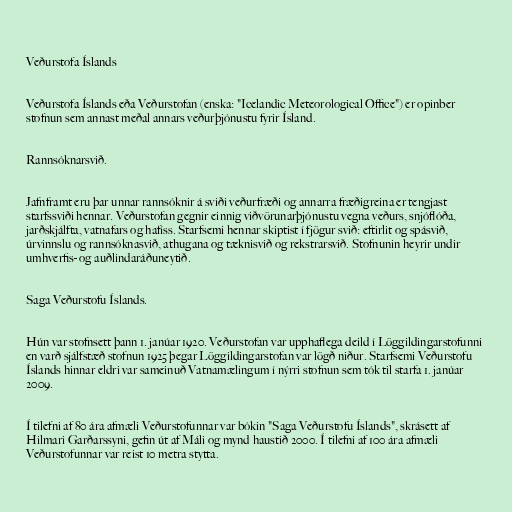
Veðurstofa Íslands

Veðurstofa Íslands eða Veðurstofan (enska: "Icelandic Meteorological Office") er opinber
stofnun sem annast meðal annars veðurþjónustu fyrir Ísland.

Rannsóknarsvið.

Jafnframt eru þar unnar rannsóknir á sviði veðurfræði og annarra fræðigreina er tengjast
starfssviði hennar. Veðurstofan gegnir einnig viðvörunarþjónustu vegna veðurs, snjóflóða,
jarðskjálfta, vatnafars og hafíss. Starfsemi hennar skiptist í fjögur svið: eftirlit og spásvið,
úrvinnslu og rannsóknasvið, athugana og tæknisvið og rekstrarsvið. Stofnunin heyrir undir
umhverfis- og auðlindaráðuneytið.

Saga Veðurstofu Íslands.

Hún var stofnsett þann 1. janúar 1920. Veðurstofan var upphaflega deild í Löggildingarstofunni
en varð sjálfstæð stofnun 1925 þegar Löggildingarstofan var lögð niður. Starfsemi Veðurstofu
Íslands hinnar eldri var sameinuð Vatnamælingum í nýrri stofnun sem tók til starfa 1. janúar
2009.

Í tilefni af 80 ára afmæli Veðurstofunnar var bókin "Saga Veðurstofu Íslands", skrásett af
Hilmari Garðarssyni, gefin út af Máli og mynd haustið 2000. Í tilefni af 100 ára afmæli
Veðurstofunnar var reist 10 metra stytta.